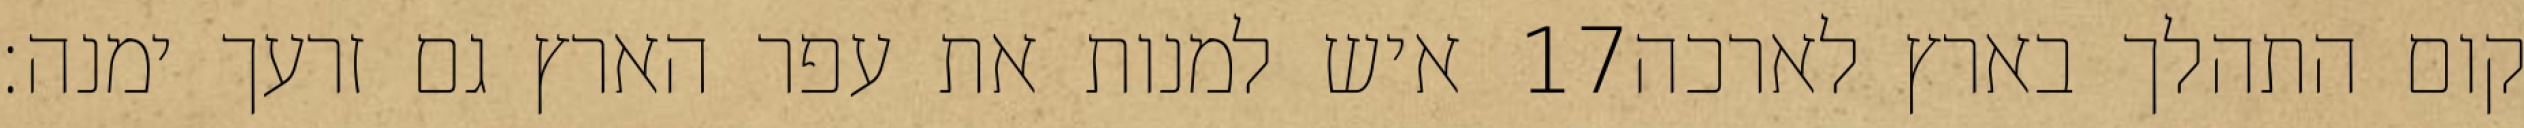
איש למנות את עפר הארץ גם זרעך ימנה׃ ‎17‏ קום התהלך בארץ לארכה